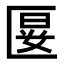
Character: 𭅝